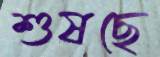
শুষছে